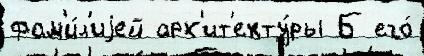
фам'и́л'иjей арх'ит'екту́ры Б его́